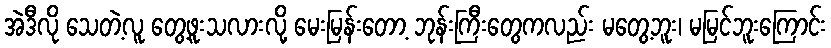
အဲဒီလို သေတဲ့လူ တွေ့ဖူးသလားလို့ မေးမြန်းတော့ ဘုန်းကြီးတွေကလည်း မတွေ့ဘူး၊ မမြင်ဘူးကြောင်း